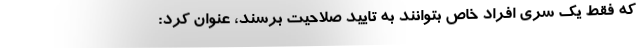
که فقط یک سری افراد خاص بتوانند به تایید صلاحیت برسند، عنوان کرد: